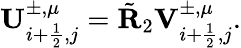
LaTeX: \mathbf{U}_{i+\frac{1}{2},j}^{\pm,\mu}=\tilde{\mathbf{R}}_{2}{\mathbf{V}}_{i+\frac{1}{2},j}^{\pm,\mu}.